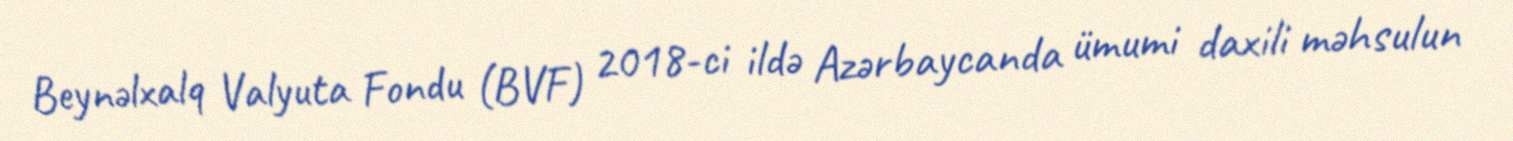
Beynəlxalq Valyuta Fondu (BVF) 2018-ci ildə Azərbaycanda ümumi daxili məhsulun